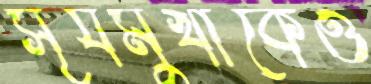
সূর্যমুখীকেও